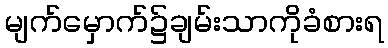
မျက်မှောက်၌ချမ်းသာကိုခံစားရ